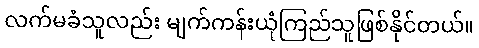
လက်မခံသူလည်း မျက်ကန်းယုံကြည်သူဖြစ်နိုင်တယ်။